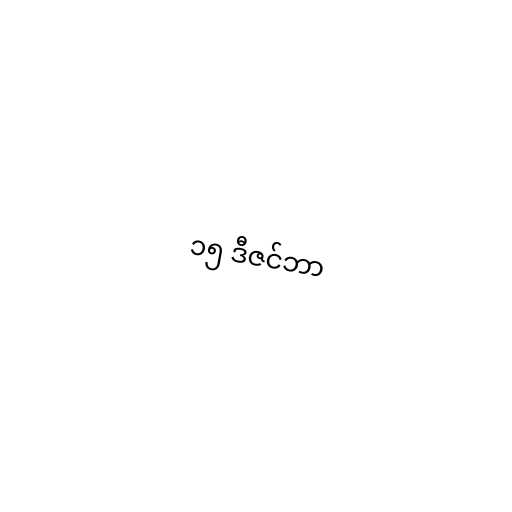
၁၅ ဒီဇင်ဘာ